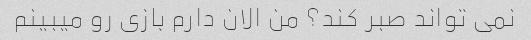
نمی تواند صبر کند؟ من الان دارم بازی رو میبینم